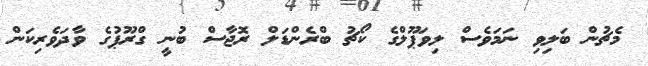
މެޗުން ބަލިވި ނަމަވެސް ލިވަޕޫލްގެ ކޯޗު ބްރެންޑަލް ރޮޖާސް ބުނީ ގްރޫޕުގެ ވާދަވެރިކަން